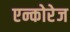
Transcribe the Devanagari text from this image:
एन्कोरेज